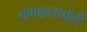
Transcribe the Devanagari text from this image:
गणद्रव्यचोरी